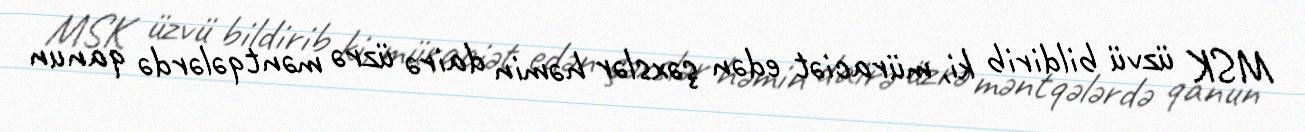
MSK üzvü bildirib ki, müraciət edən şəxslər həmin dairə üzrə məntqələrdə qanun